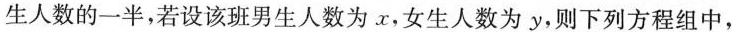
生人数的一半，若设该班男生人数为x，女生人数为y，则下列方程组中，